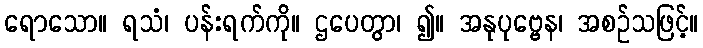
ရောသော။ ရသံ၊ ပန်းရက်ကို။ ဌပေတွာ၊ ၍။ အနုပုဗ္ဗေန၊ အစဉ်သဖြင့်။